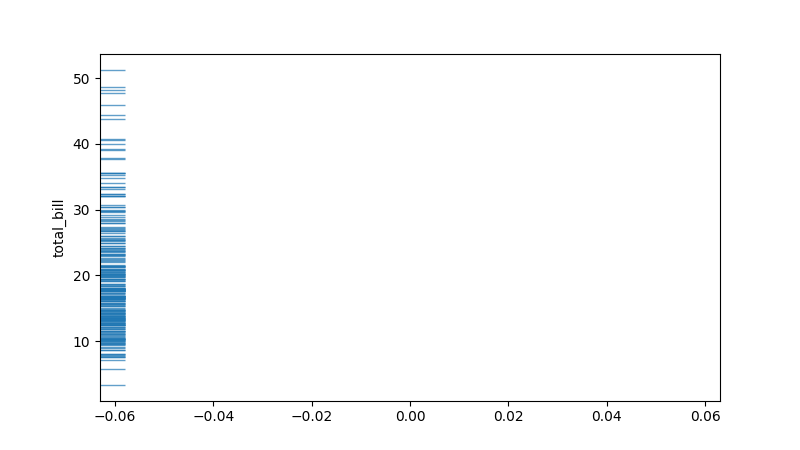
python, seaborn, rugplot, height=0.04, axis='y', alpha=0.7